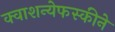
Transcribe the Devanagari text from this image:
क्वाशन्येफस्कीने